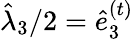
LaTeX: \hat{\lambda}_{3}/2=\hat{e}_{3}^{(t)}